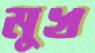
মুখ